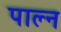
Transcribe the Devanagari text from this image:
पाल्न